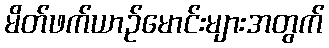
မိတ်ဖက်ယာဉ်မောင်းများအတွက်